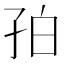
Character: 𪦺